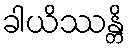
ခါယိဿန္တိ